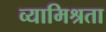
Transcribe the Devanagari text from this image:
व्यामिश्रता